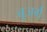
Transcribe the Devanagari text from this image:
बुजर्ग